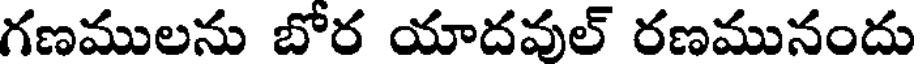
గణములను బోర యాదవుల్ రణమునందు